Vaccination in Bombay 1913-1923 - 1913-1923
Year: 1913
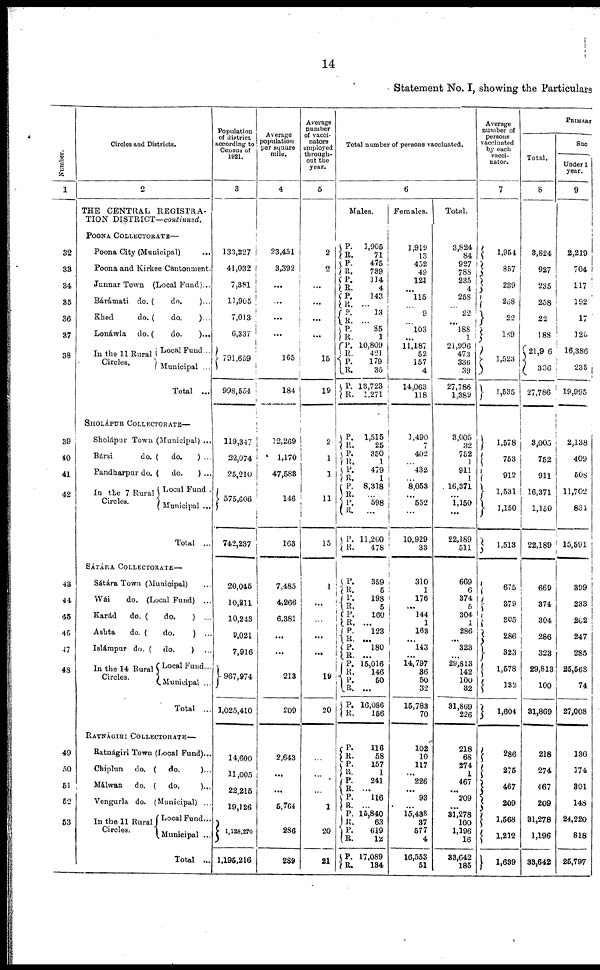
14
Statement No. I, showing the Particulars
Number.
1
32
33
34
35
36
37
38
39
40
41
42
43
44
45
46
47
48
49
50
51
52
53
Circles and Districts.
2
THE CENTRAL REGISTRA-
TION DISTRICT—continued.
POONA COLLECTORATE—
Poona City (Municipal)
...
Poona and Kirkee Cantonment.
Junnar Town (Local Fund)...
Bárámati do. (
do.
) ...
Khed
do. (
do.
)...
Lonáwla do. (
do.
)...
In the 11 Rural
Circles.
Local Fund...
Municipal ...
Total ...
SHOLÁPUR COLLECTORATE—
Sholápur Town (Municipal) ...
Bársi
do. ( do.
) ...
Pandharpur do. (
do.
) ...
In the 7 Rural
Circles.
Local Fund .
Municipal ...
Total ...
SÁTÁRA COLLECTORATE—
Sátára Town (Municipal) ...
Wái
do. (Local Fund) ...
Karád
do. (
do.
) ...
Ashta
do. (
do.
) ...
Islámpur do. ( do.
) ...
In the 14 Rural
Circles.
Local Fund...
Municipal ...
Total ...
RATNÁGIRI COLLECTORATE—
Ratnágiri Town (Local Fund)...
Chiplun do. ( do.
)...
Málwan
do. ( do.
)...
Vengurla do. (Municipal) ...
In the 11 Rural
Circles.
Local Fund...
Municipal ...
Total ...
Population
of district
according to
Census of
1921.
3
133,227
41,032
7,381
11,905
7,013
6,337
791,659
998,554
119,347
22,074
25,210
575,606
742,237
20,045
10,211
10,243
9,021
7,916
967,974
1,025,410
14,600
11,005
22,215
19,126
1,128,270
1,195,216
Average
population
per square
mile.
4
23,451
3,392
...
...
...
...
165
184
12,269
1,170
47,583
146
163
7,485
4,266
6,381
...
...
213
209
2,643
...
...
5,764
286
289
Average
number
of vacci-
nators
employed
through-
out the
year.
5
2
2
...
...
...
...
15
19
2
1
1
11
15
1
...
...
...
...
19
20
...
...
...
1
20
21
Total number of persons vaccinated.
6
Males.
P.
R.
P.
R.
P.
R.
P.
R.
P.
R.
P.
R.
P.
R.
P.
R.
P.
R.
1,905
71
475
739
114
4
143
...
13
...
85
1
10,809
421
179
35
13,723
1,271
P.
R.
P.
R.
P.
R.
P.
R.
P.
R.
P.
R.
1,515
25
350
1
479
1
8,318
...
598
...
11,260
478
P.
R.
P.
R.
P.
R.
P.
R. P.
R.
P.
R. P.
R.
P.
R.
359
5
198
5
160
...
123
...
180
...
15,016
146
50
...
16,086
156
P.
R. P.
R.
P.
R.
P.
R.
P.
R.
P.
R.
P.
R.
116
58
157
1
241
...
116
...
15,840
63
619
12
17,089
134
Females.
1,919
13
452
49
121
...
115
...
9
...
103
...
11,187
52
157
4
14,063
118
1,490
7
402
...
432
...
8,053
...
552
...
10,929
33
310
1
176
...
144
1
163
...
143
...
14,797
36
50
32
15,783
70
102
10
117
...
226
...
93
...
15,438
37
577
4
16,553
51
Total.
3,824
84
927
788
235
4
258
...
22
...
188
1
21,996
473
336
39
27,786
1,389
3,005
32
752
1
911
1
16,371
...
1,150
...
22,189
511
669
6
374
5
304
1
286
...
323
...
29,813
142
100
32
31,869
226
218
68
274
1
467
...
209
...
31,278
100
1,196
16
33,642
185
Average
number of
persons
vaccinated
by each
vacci-
nator.
7
1,954
857
239
258
22
189
1,523
1,535
1,578
753
912
1,531
1,150
1,513
675
379
305
286
323
1,578
132
1,604
286
275
467
209
1,568
1,212
1,639
PRIMARY
Total.
8
3,824
927
235
258
22
188
21,906
336
27,786
3,005
752
911
16,371
1,150
22,189
669
374
304
286
323
29,813
100
31,869
218
274
467
209
31,278
1,196
33,642
Suc
Under 1
year.
9
2,219
704
117
192
17
125
16,386
235
19,995
2,138
409
508
11,702
834
15,591
399
233
202
247
285
25,568
74
27,008
136
174
301
148
24,220
818
25,797